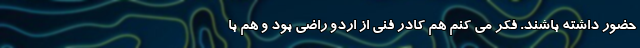
حضور داشته باشند. فکر می کنم هم کادر فنی از اردو راضی بود و هم با